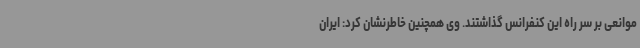
موانعی بر سر راه این کنفرانس گذاشتند. وی همچنین خاطرنشان کرد: ایران